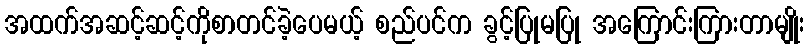
အထက်အဆင့်ဆင့်ကိုစာတင်ခဲ့ပေမယ့် စည်ပင်က ခွင့်ပြုမပြု အကြောင်းကြားတာမျိုး